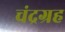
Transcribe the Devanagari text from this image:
चंद्रग्रह